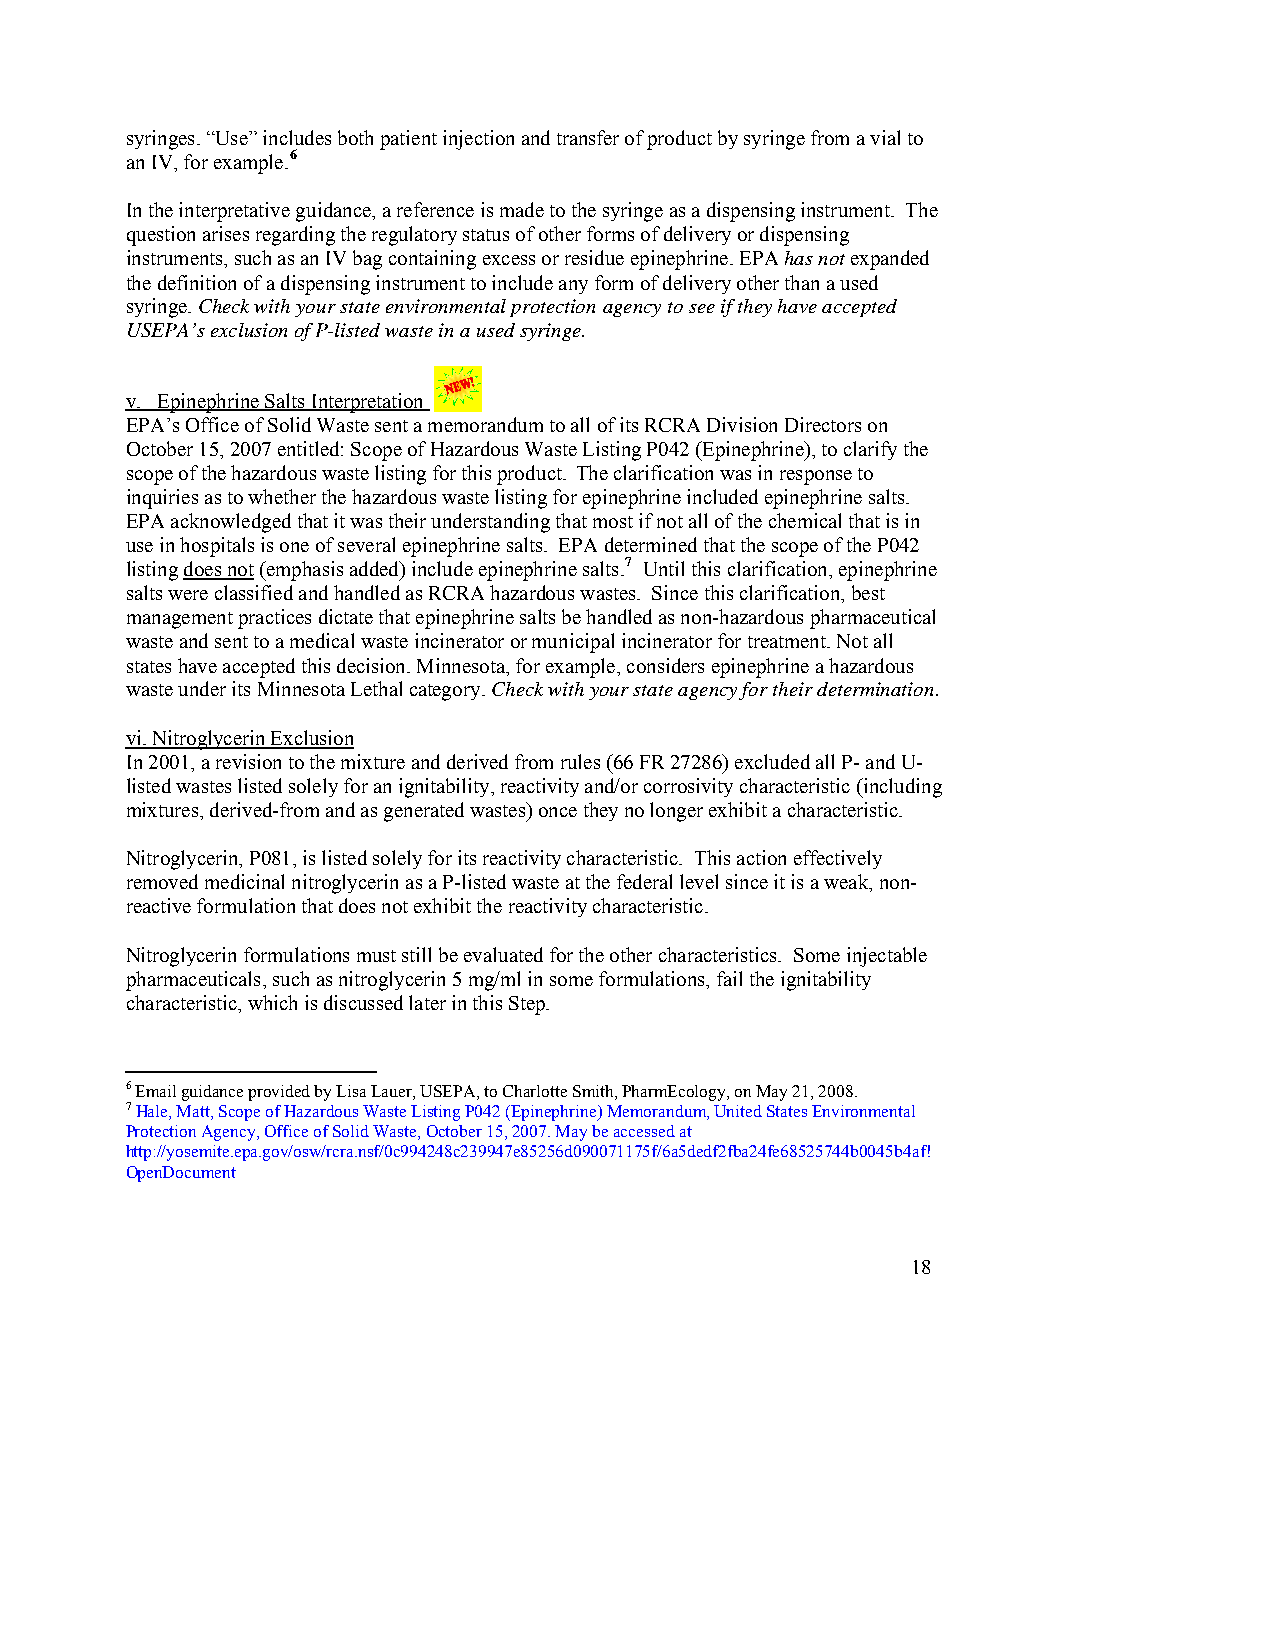
syringes. “Use” includes both patient injection and transfer of product by syringe from a vial to
 an IV, for example.6
 In the interpretative guidance, a reference is made to the syringe as a dispensing instrument. The
 question arises regarding the regulatory status of other forms of delivery or dispensing
 instruments, such as an IV bag containing excess or residue epinephrine. EPA has not expanded
 the definition of a dispensing instrument to include any form of delivery other than a used
 syringe. Check with your state environmental protection agency to see if they have accepted
 USEPA’s exclusion of P-listed waste in a used syringe.
 v. Epinephrine Salts Interpretation
 EPA’s Office of Solid Waste sent a memorandum to all of its RCRA Division Directors on
 October 15, 2007 entitled: Scope of Hazardous Waste Listing P042 (Epinephrine), to clarify the
 scope of the hazardous waste listing for this product. The clarification was in response to
 inquiries as to whether the hazardous waste listing for epinephrine included epinephrine salts.
 EPA acknowledged that it was their understanding that most if not all of the chemical that is in
 use in hospitals is one of several epinephrine salts. EPA determined that the scope of the P042
 listing does not (emphasis added) include epinephrine salts.7 Until this clarification, epinephrine
 salts were classified and handled as RCRA hazardous wastes. Since this clarification, best
 management practices dictate that epinephrine salts be handled as non-hazardous pharmaceutical
 waste and sent to a medical waste incinerator or municipal incinerator for treatment. Not all
 states have accepted this decision. Minnesota, for example, considers epinephrine a hazardous
 waste under its Minnesota Lethal category. Check with your state agency for their determination.
 vi. Nitroglycerin Exclusion
 In 2001, a revision to the mixture and derived from rules (66 FR 27286) excluded all P- and U-
 listed wastes listed solely for an ignitability, reactivity and/or corrosivity characteristic (including
 mixtures, derived-from and as generated wastes) once they no longer exhibit a characteristic.
 Nitroglycerin, P081, is listed solely for its reactivity characteristic. This action effectively
 removed medicinal nitroglycerin as a P-listed waste at the federal level since it is a weak, non-
 reactive formulation that does not exhibit the reactivity characteristic.
 Nitroglycerin formulations must still be evaluated for the other characteristics. Some injectable
 pharmaceuticals, such as nitroglycerin 5 mg/ml in some formulations, fail the ignitability
 characteristic, which is discussed later in this Step.
 6 Email guidance provided by Lisa Lauer, USEPA, to Charlotte Smith, PharmEcology, on May 21, 2008.
 7 Hale, Matt, Scope of Hazardous Waste Listing P042 (Epinephrine) Memorandum, United States Environmental
 Protection Agency, Office of Solid Waste, October 15, 2007. May be accessed at
 http://yosemite.epa.gov/osw/rcra.nsf/0c994248c239947e85256d090071175f/6a5dedf2fba24fe68525744b0045b4af!
 OpenDocument
 18